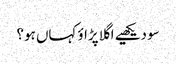
سو دیکھیے اگلا پڑاؤ کہاں ہو؟